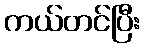
ကယ်တင်ပြီး